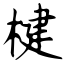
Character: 楗